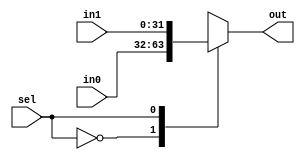
module mux2to1
#(parameter DATA_SIZE=32)

(	input [(DATA_SIZE-1):0] in0,
	input [(DATA_SIZE-1):0] in1,
	input sel,

	output reg [(DATA_SIZE-1):0] out);

	always @(*) //or always @(in0, in1, sel)
			case (sel)
				0 : out <= in0;
				1 : out <= in1;
				default: out <= 32'h0000_0000;
			endcase
endmodule